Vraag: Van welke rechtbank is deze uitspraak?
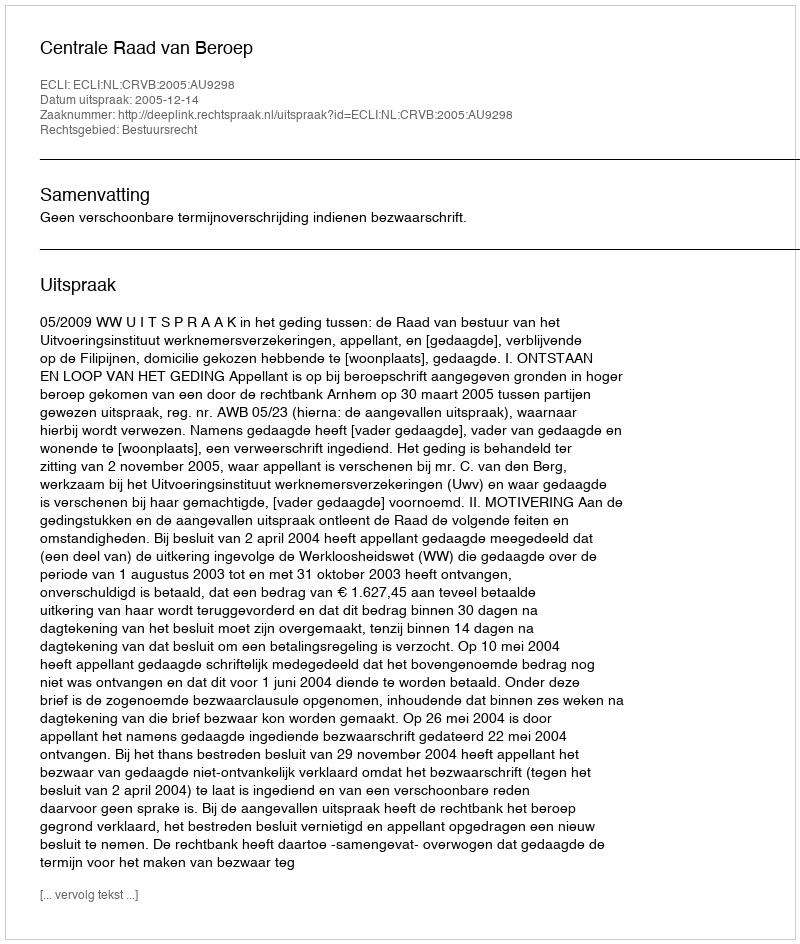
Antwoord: Centrale Raad van Beroep